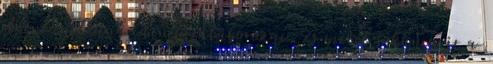
ötvenen jöttünk idén jógatáborozni, és mivel sokan már a